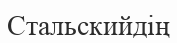
Стальскийдің